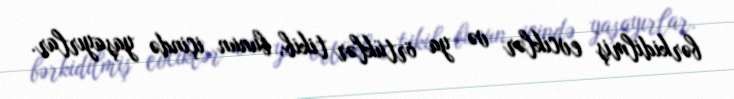
bərkidilmiş evciklər və ya örtüklər tikib, bunun içində yaşayırlar.